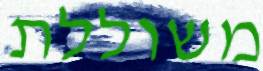
משוללת